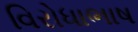
વિરોધાભાષ